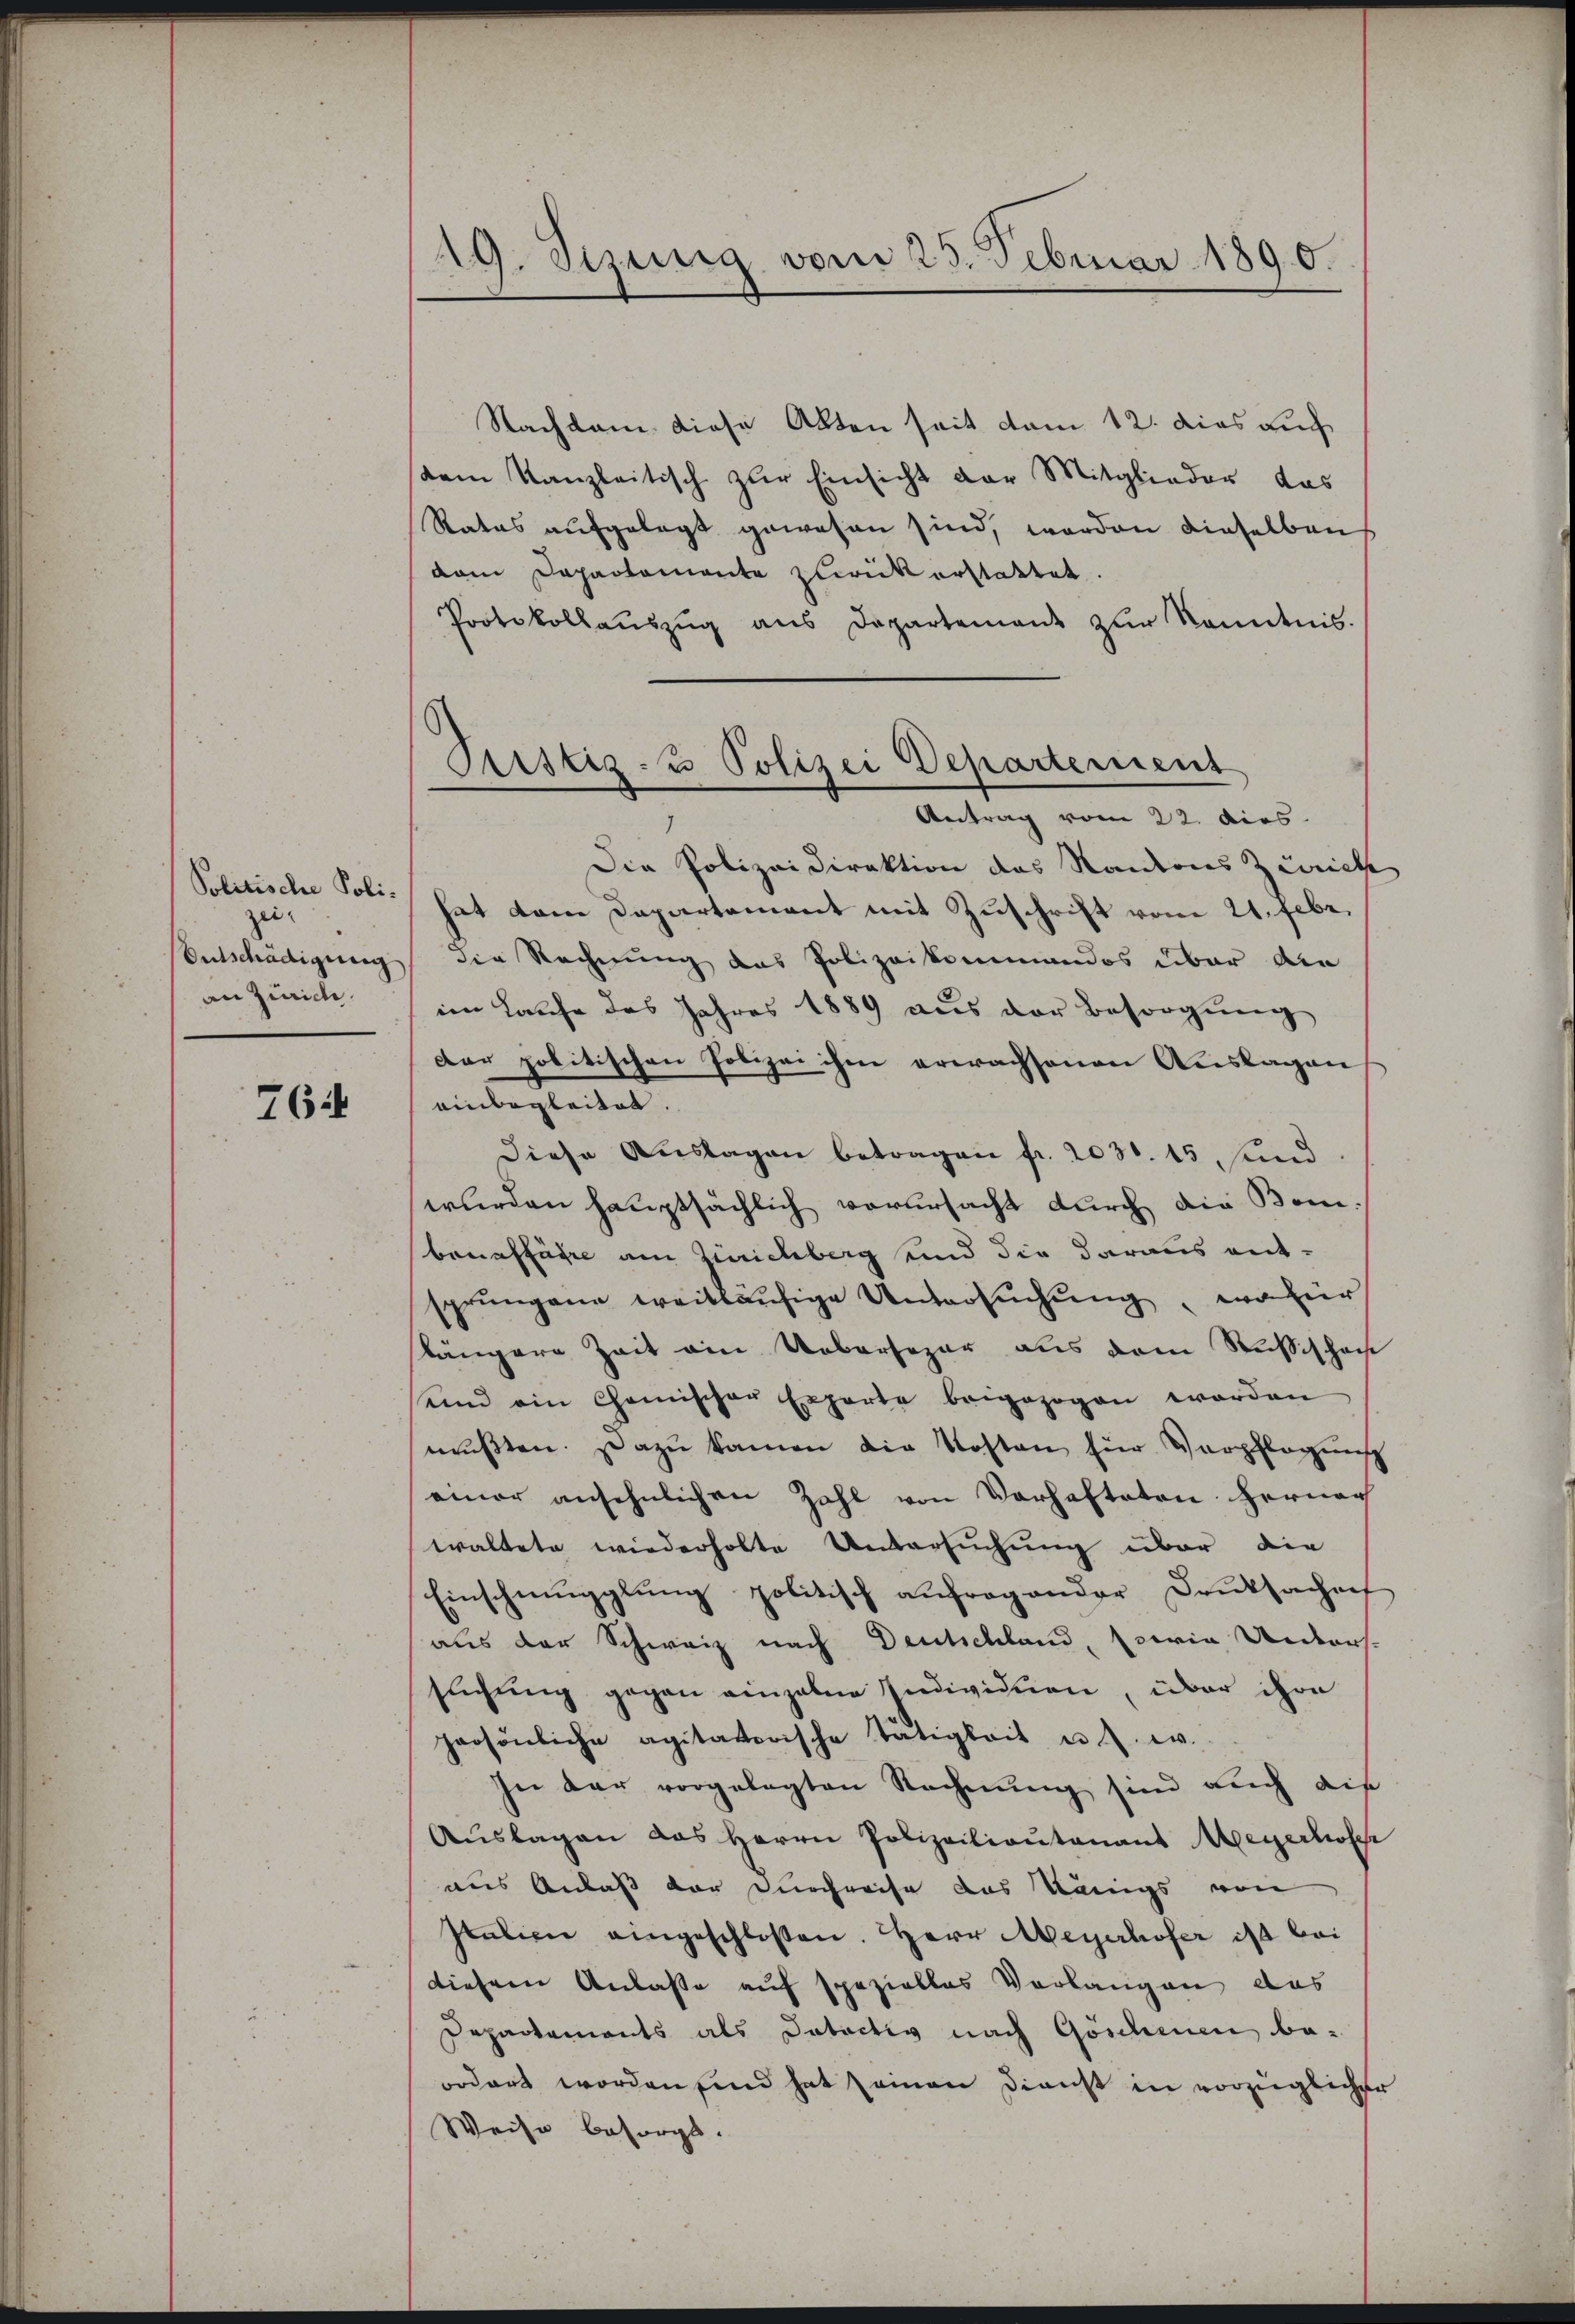
Politische Poli-
zei-
Entschädigung
an Zürich.

6i

19. Sizung vom 23. Februar 1890.

Nachkam, diese Akten seit vom 12. das auch
dem Kanzleitisch zŭr Einsicht der Mitglieder das
Rates aufgelegt gewesen sind, worden dieselben
dam Departemente zurück erstattet
Protokollaŭszŭg aŭs Departement zŭr Kenntnis.
Die Polizeidirektion das Kantons Zürich
hat dem Departement mit Zuschrift vom 21. Febr.
die Rechnung das Polizeikommandos über die
im Hause des Jahres 1889 aus der Besorgung
Dar politischen Polizei ihm erwachsenen Auslagen
einbegleitet.
diese Auslagen betragen fr. 203. 15, und
wurden hauptsächlich verursacht durch die Bem
beraffahre am Zürichberg und die daraus ent-
sprungene weitläufige Untersŭchŭng, wo für
längere Zeit ain Uebersezar aus dem Russischei
und ein Chemischer Experte beigezogen worden
mußten. Dazu kamen die Kosten für Verpflegung
ainer ansehnlichen Zahl von Verhafteten hernach
waltete wiederholte Untersuchung über die
Einschmugglung politisch anfragender Druksachen
aus der Schweiz nach Deutschland, sowie Unters-
sŭchŭng gegen einzelne Individuen, über ihre
persönliche agitatorische Tätigkeit u. s. w.
In der vorgelegten Rechnŭng sind auch die
Aŭslagen das Herrn Polizeiliantenant Meyerhofer
aus Anlaß der Durchreise das Königs von
Italien eingeschloßen. Herr Meyerhofer ist bei
diesem Anlasse auf spezielles Verlangen das
Departements als Datactiv nach Göschenen beordnet worden sind hat einen Dienst in vorzüglicher
Weise besorgt.

Justiz- & Polizei Departement
Antrag vom 22. dies